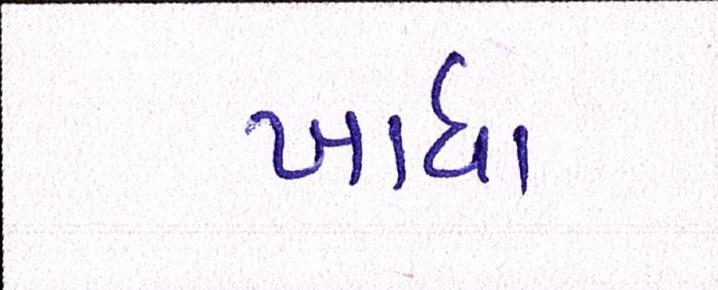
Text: ખાધા